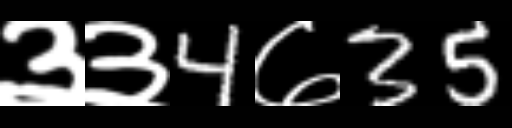
Text: ३३4७35